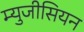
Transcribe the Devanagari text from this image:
म्युजीसियन